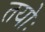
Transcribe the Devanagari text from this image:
तयोः